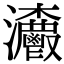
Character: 𤅨